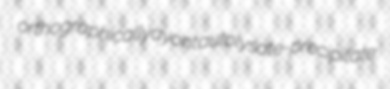
orthographically ayont autolysate-precipitate